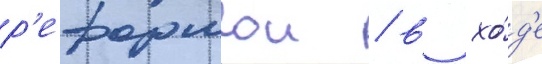
р'еформои / в хо́д'е